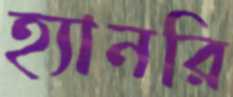
হ্যানরি